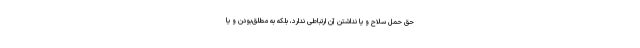
حق حمل سلاح و یا نداشتن آن ارتباطی ندارد، بلکه به مطلق‌بودن و یا